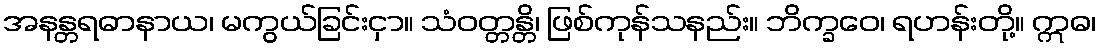
အနန္တရဓာနာယ၊ မကွယ်ခြင်းငှာ။ သံဝတ္တန္တိ၊ ဖြစ်ကုန်သနည်း။ ဘိက္ခဝေ၊ ရဟန်းတို့။ ဣဓ၊